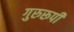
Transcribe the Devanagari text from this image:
गुरुरूपी